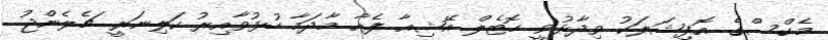
މެކްސްގެ އޮފިޝަލަކު ވިދާޅުވީ ހޮޓެލް އޭޝިއާ ފެއާ މާދަމާ ހުޅުވާއިރު ކަލިނަރީ ޗެލެންޖު